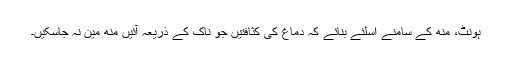
ہونٹ، مُنھ کے سامنے اِسلئے بنائے کہ دماغ کی کثافتیں جو ناک کے ذریعہ آئیں منھ مین نہ جاسکیں۔